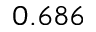
0 . 6 8 6